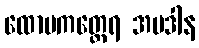
ထောမကတ္ထေရ အပဒါန